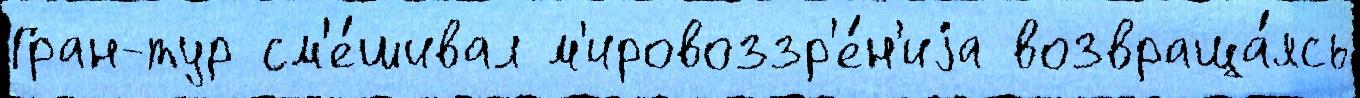
Гран-тур см'е́шивал м'ировоззр'е́н'иjа возвраща́ясь